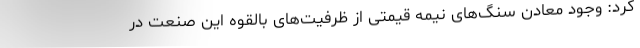
کرد: وجود معادن سنگ‌های نیمه قیمتی از ظرفیت‌های بالقوه این صنعت در